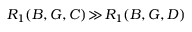
R _ { 1 } ( B , G , C ) \! \gg \! R _ { 1 } ( B , G , D )